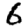
Digit: 6